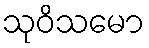
သုဝိသမော